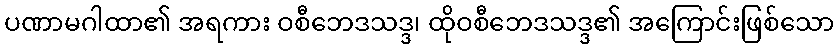
ပဏာမဂါထာ၏ အရကား ဝစီဘေဒသဒ္ဒ၊ ထိုဝစီဘေဒသဒ္ဒ၏ အကြောင်းဖြစ်သော